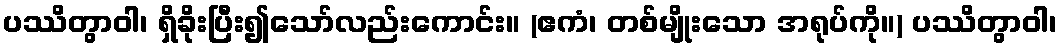
ပဿိတွာဝါ၊ ရှိခိုးပြီး၍သော်လည်းကောင်း။ (ဧကံ၊ တစ်မျိုးသော အရုပ်ကို။) ပဿိတွာဝါ၊